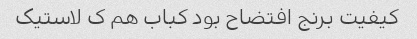
کیفیت برنج افتضاح بود کباب هم ک لاستیک